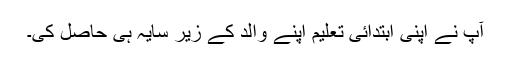
آپ نے اپنی ابتدائی تعلیم اپنے والد کے زیر سایہ ہی حاصل کی۔